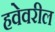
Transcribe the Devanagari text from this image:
हवेवरील